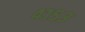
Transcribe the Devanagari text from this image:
४१५३